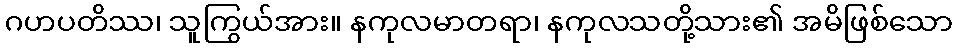
ဂဟပတိဿ၊ သူကြွယ်အား။ နကုလမာတရာ၊ နကုလသတို့သား၏ အမိဖြစ်သော